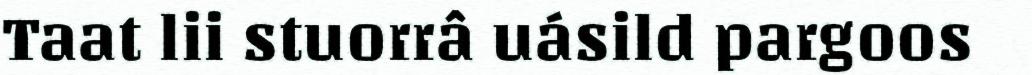
Taat lii stuorrâ uásild pargoos